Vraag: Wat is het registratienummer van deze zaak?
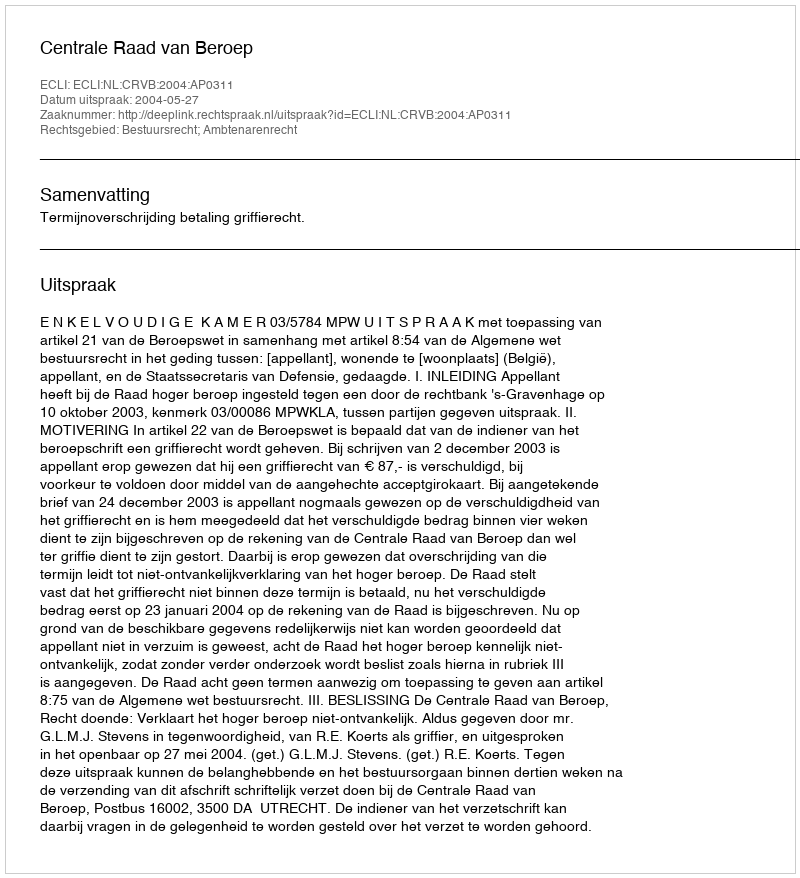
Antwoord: http://deeplink.rechtspraak.nl/uitspraak?id=ECLI:NL:CRVB:2004:AP0311